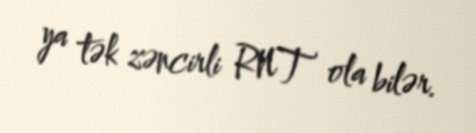
ya tək zəncirli RNT ola bilər.